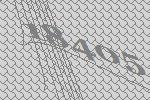
18405